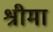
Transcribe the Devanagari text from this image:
श्रीमा